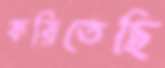
করিতেছি